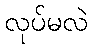
လုပ်မလဲ